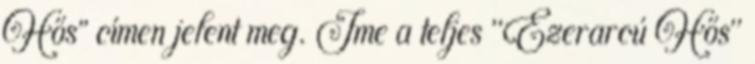
Hős” címen jelent meg. Íme a teljes "Ezerarcú Hős"